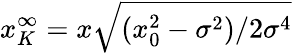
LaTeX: x_{K}^{\infty}=x\sqrt{(x_{0}^{2}-\sigma^{2})/2\sigma^{4}}